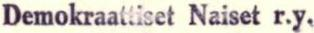
Demokraattiset Naiset r.y.